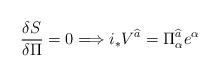
LaTeX: \begin{align*}\frac{\delta S}{\delta \Pi }=0\Longrightarrow i_{*}V^{\widehat{a}}=\Pi ^{\widehat{a}}_{\alpha }e^{\alpha }\end{align*}